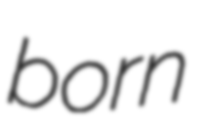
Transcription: born